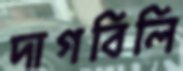
দাগবিলি